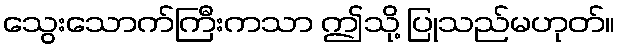
သွေးသောက်ကြီးကသာ ဤသို့ ပြုသည်မဟုတ်။